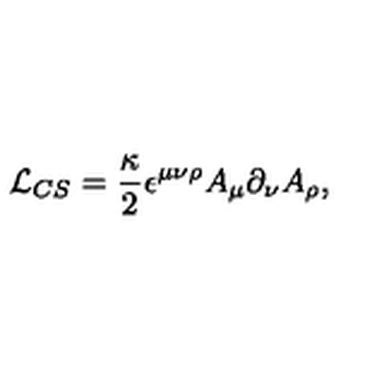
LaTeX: { \cal L } _ { C S } = \frac { \kappa } { 2 } \epsilon ^ { \mu \nu \rho } A _ { \mu } \partial _ { \nu } A _ { \rho } ,